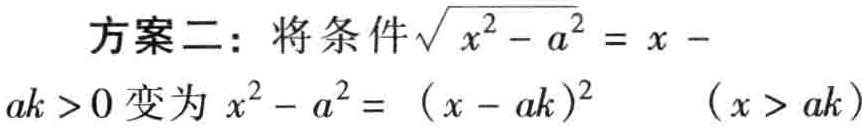
方案二：将条件$\sqrt{x^{2}-a^{2}} = x - ak>0$变为$x^{2}-a^{2}=(x - ak)^{2}\quad(x > ak)$